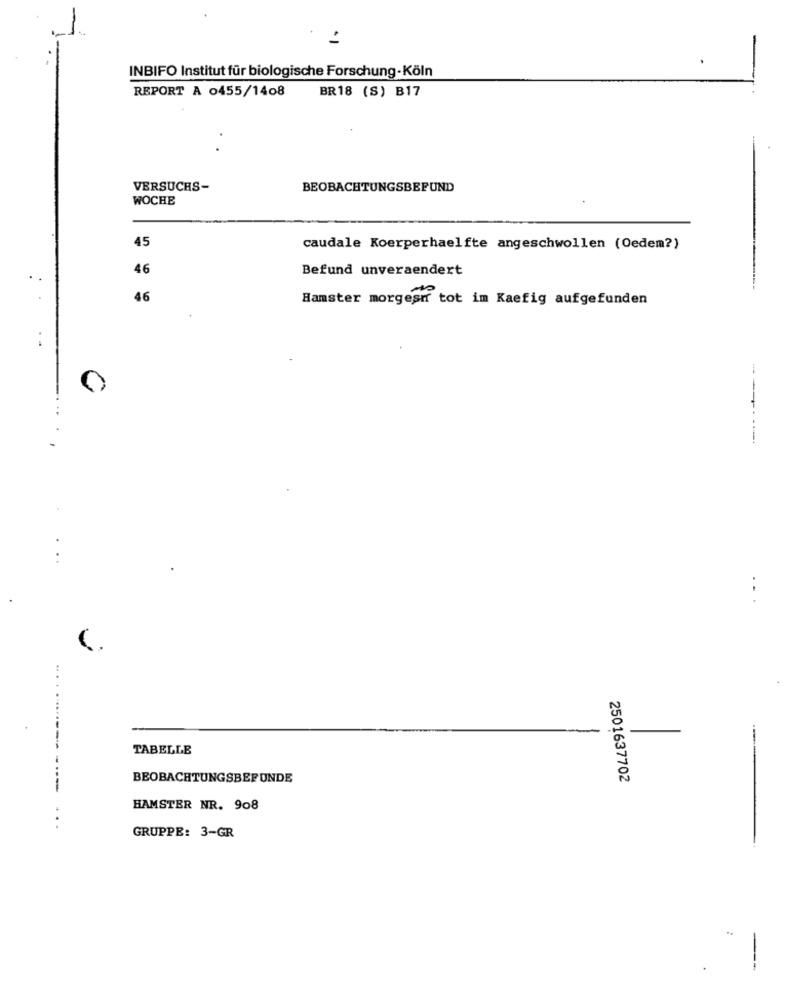
INBIFO Institut für biologische Forschung-Köln
REPORT A 0455/1408
BR18 (S) B17
.
VERSUCHS-
BEOBACHTUNGSBEFUND
WOCHE
45
caudale Koerperhaelfte angeschwollen (Oedem?)
46
Befund unveraendert
..
46
Hamster morgesr tot im Kaefig aufgefunden
..
..
------
...
TABELLE
---
BEOBACHTUNGSBEFUNDE
2501637702
HAMSTER NR. 908
GRUPPE: 3-GR
---